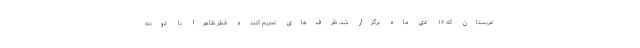
عربستان که ۱۶ دی ماه برگزار شد، طرف‌های تحریم کننده قطر ظاهرا با دوحه